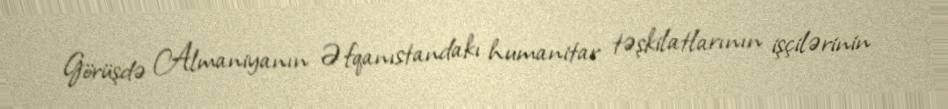
Görüşdə Almaniyanın Əfqanıstandakı humanitar təşkilatlarının işçilərinin